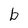
Character: b